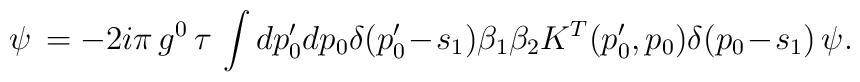
\psi\,=-2i\pi\,g^0\, \tau \,\int dp_0' dp_0\delta(p'_0\! -\!s_1)\beta_1\beta_2K^T(p_0',p_0)\delta(p_0\!-\!s_1)\,\psi.